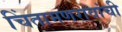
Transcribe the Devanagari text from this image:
चिंतामणरावांची